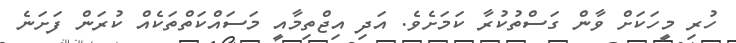
ހުރި މީހަކަށް ވާން ގަސްތުކުރާ ކަމަށެވެ. އަދި އިޖްތިމާއީ މަސައްކަތްތަކެއް ކުރަން ފަށަނެ